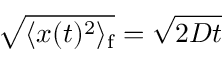
\sqrt { \langle x ( t ) ^ { 2 } \rangle _ { \mathrm { f } } } = \sqrt { 2 D t }